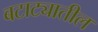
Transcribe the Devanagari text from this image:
बटाट्यातील